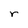
Character: r